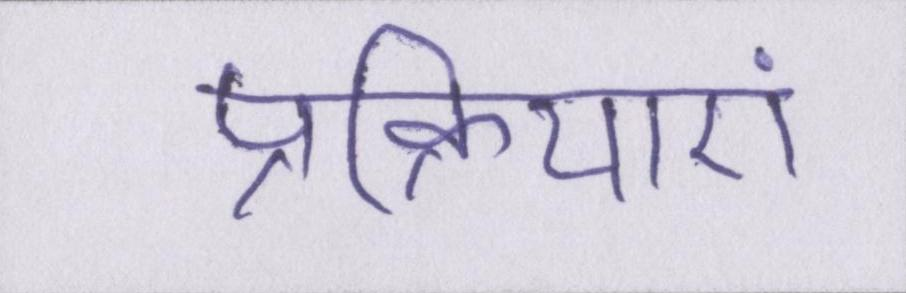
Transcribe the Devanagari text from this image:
प्रक्रियाएं